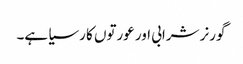
گورنر شرابی اور عورتوں کا رسیا ہے۔